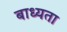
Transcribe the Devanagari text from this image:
बाध्‍यता